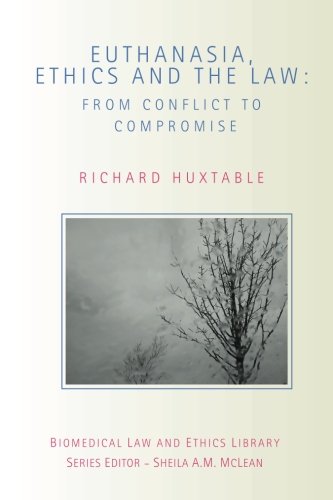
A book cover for Euthanasia, Ethics and the Law: From Conflict to Compromise (Biomedical Law and Ethics Library); Richard Huxtable; Law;